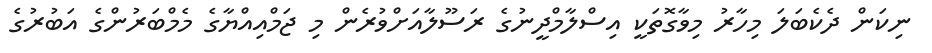
ނިކަން ދެކެބަލަ މިހާރު މިވާގޮތަކީ އިސްލާމްދީނުގެ ރަސޫލާއަށްވުރެން މި ޖަމްއިއްޔާގެ މެމްބަރުންގެ އަބުރުގެ